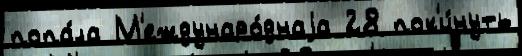
попа́ла М'еждунаро́днаjа 28 пок'и́нуть